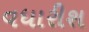
વધારીશ